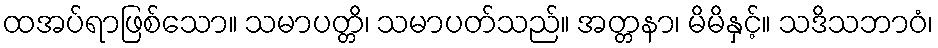
ထအပ်ရာဖြစ်သော။ သမာပတ္တိ၊ သမာပတ်သည်။ အတ္တနာ၊ မိမိနှင့်။ သဒိသဘာဝံ၊